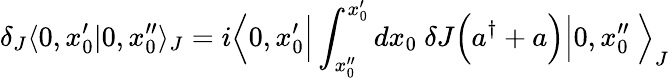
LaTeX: \delta_{J}\langle 0,x_{0}^{\prime}|0,x_{0}^{\prime\prime}\rangle_{J}=i{\Big\langle}0,x_{0}^{\prime}{\Big|}\int_{x_{0}^{\prime\prime}}^{x_{0}^{\prime}}dx_{0}~\delta J{\Big(}a^{\dagger}+a{\Big)}{\Big|}0,x_{0}^{\prime\prime}~{\Big\rangle}_{J}